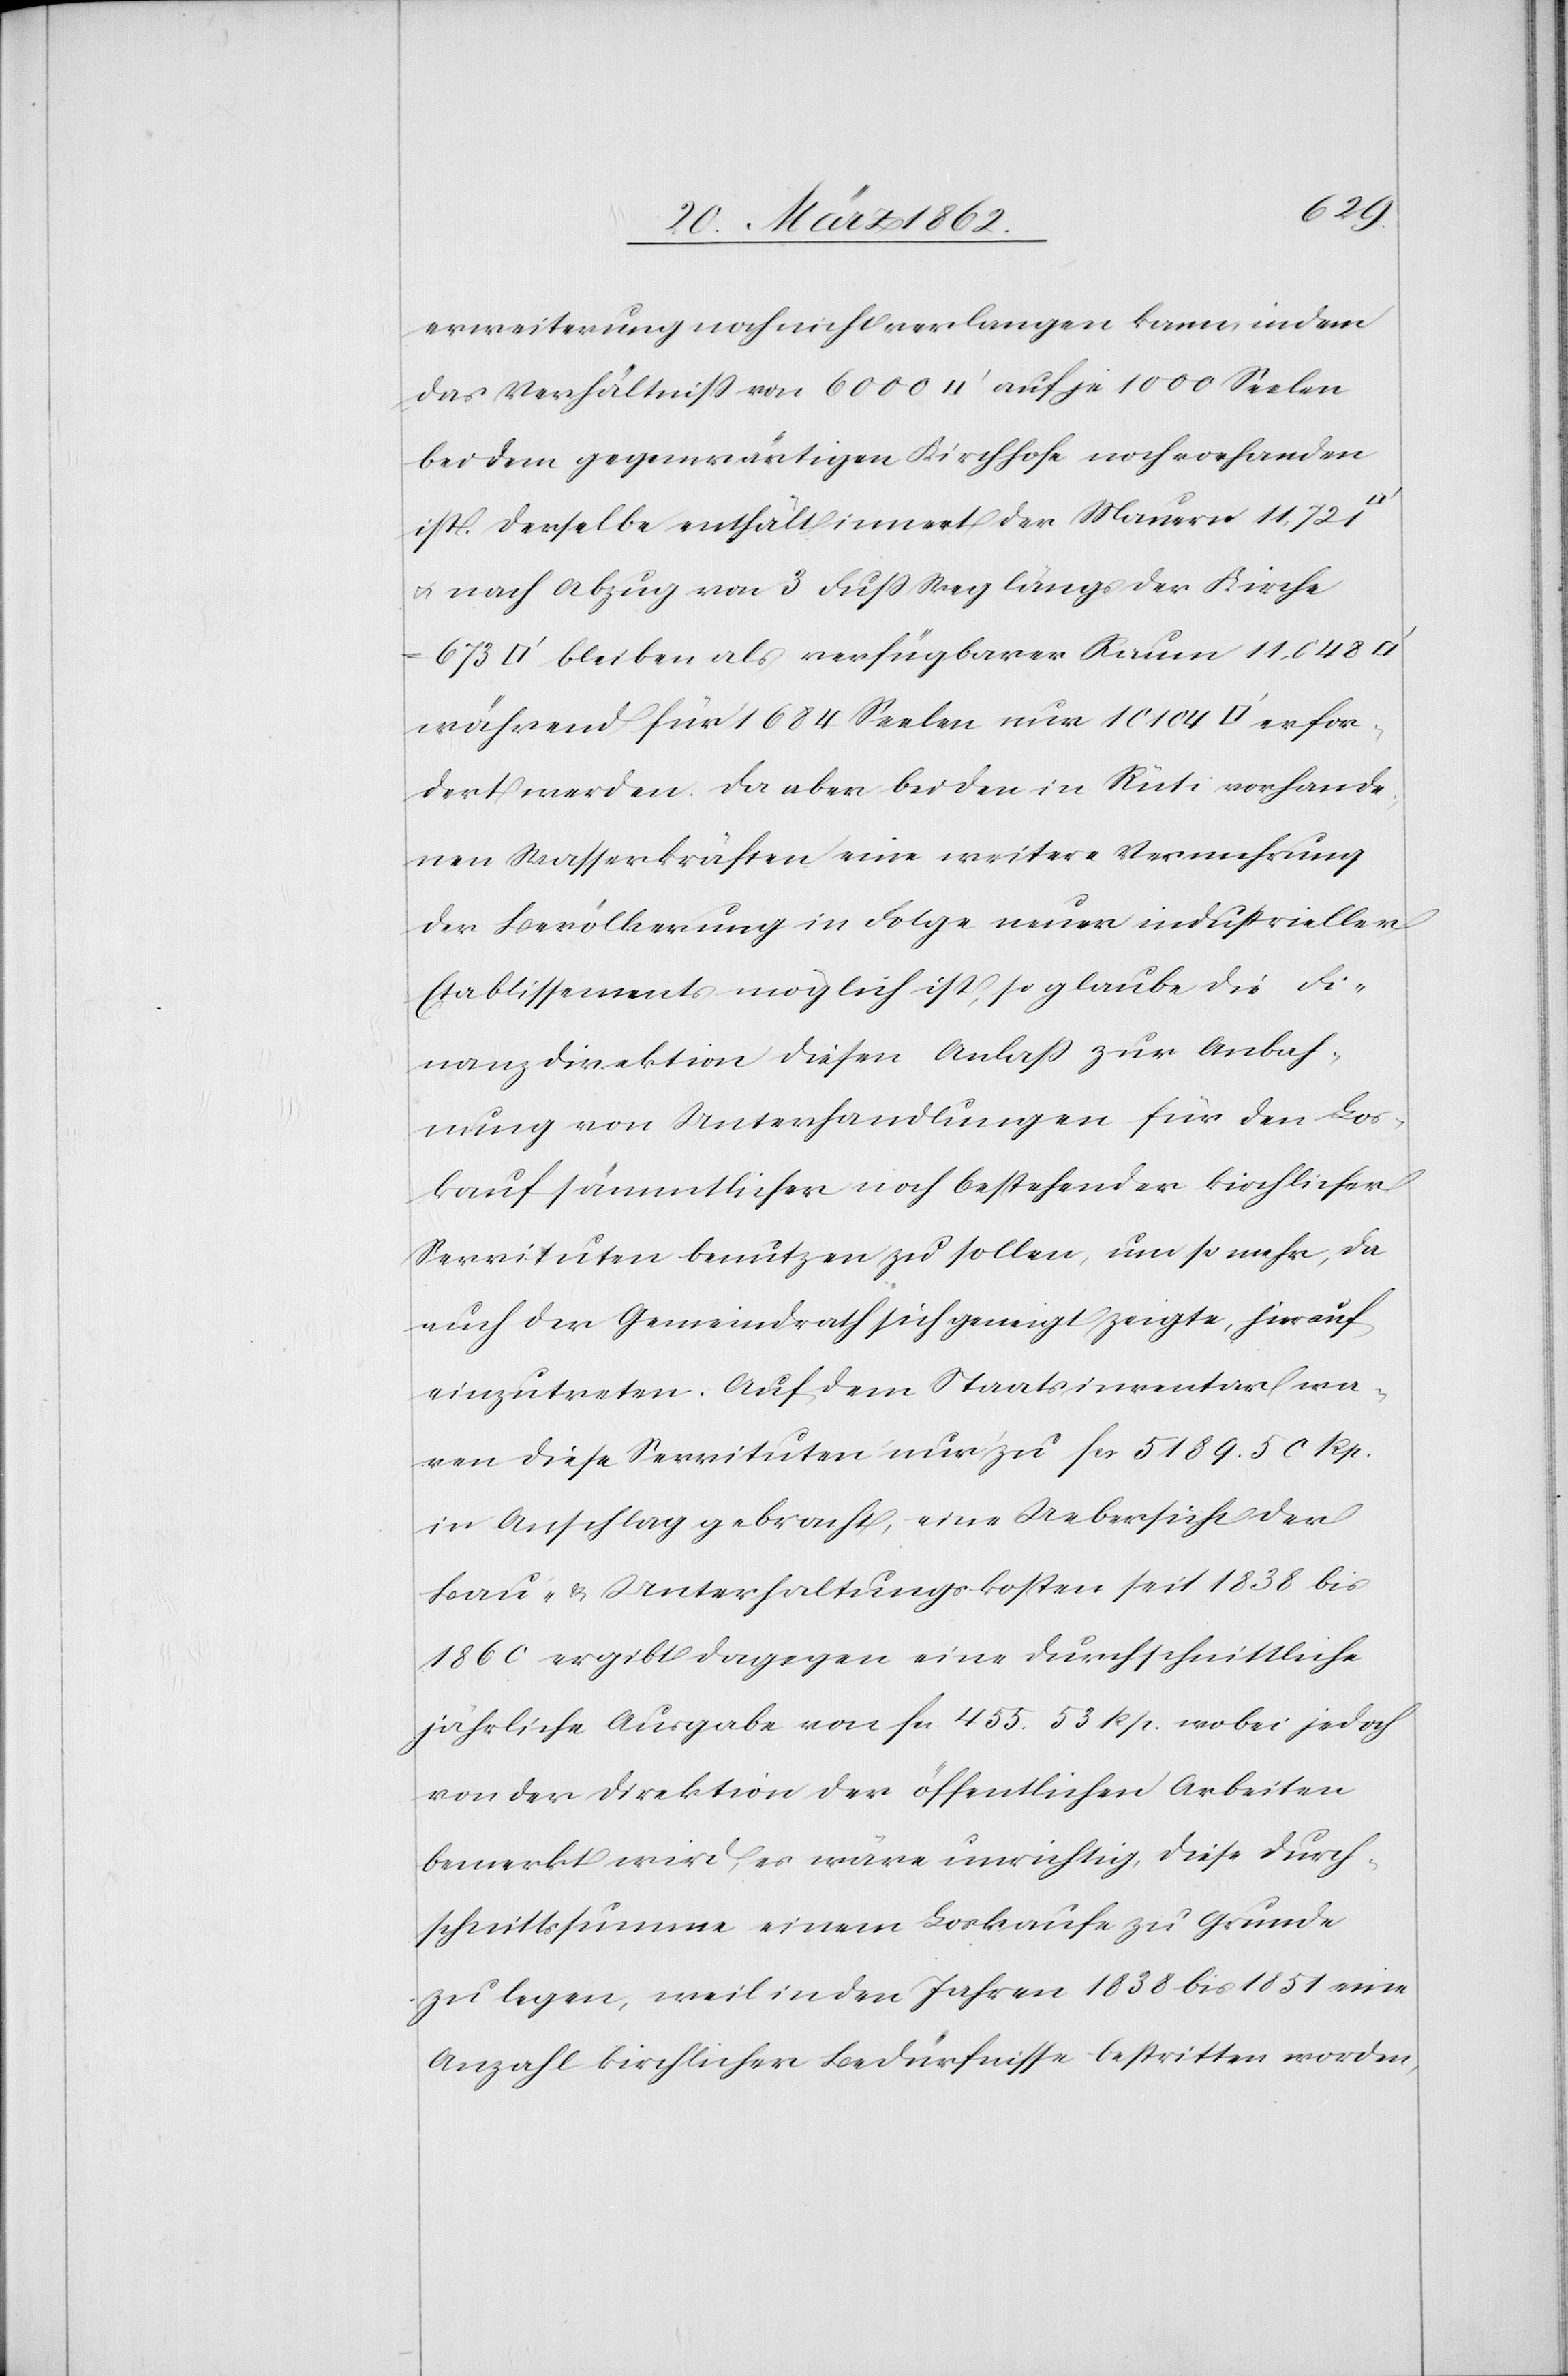
erfor¬
erweiterung noch nicht verlangen kann, indem
das Verhältniß von 6000 [Quadratfuss] auf je 1000 Seelen
bei dem gegenwärtigen Kirchhofe noch vorhanden
ist. Derselbe enthält innert der Mauer 11,721
u. nach Abzug von 3 Fuß Weg längs der Kirche
bleiben als verfügbarer Raum 11,048
während für 1684 Seelen nur 10 104 [Quadra¬
dert werden. Da aber bei den in Rüti vorhande¬
nen Wasserkräften eine weitere Vermehrung
der Bevölkerung in Folge neuer industrieller
Etablissements möglich ist, so glaube die Fi¬
nanzdirektion diesen Anlaß zur Anbah¬
nung von Unterhandlungen für den Los¬
kauf sämmtlicher noch bestehender kirchlicher
Servituten benutzen zu sollen, um so mehr, da
auch der Gemeindrath sich geneigt zeigte, hierauf
einzutreten. Auf dem Staatsinventar wa¬
ren diese Servituten nur zu fcs 5189.50 Rp.
in Anschlag gebracht, eine Uebersicht der
Bau- & Unterhaltungskosten seit 1838 bis
1860 ergibt dagegen eine durchschnittliche
jährliche Ausgabe von fcs. 455.53 Rp wobei jedoch
von der Direktion der öffentlichen Arbeiten
bemerkt wird, es wäre unrichtig, diese Durch¬
schnittssumme einem Loskaufe zu Grunde
zu legen, weil in den Jahren 1838 bis 1851 eine
Anzahl kirchlicher Bedürfnisse bestritten worden,